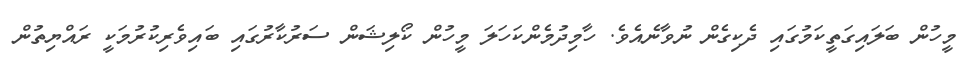
މީހުން ބަލައިގަތީކަމުގައި ދެކިގެން ނުވާނެއެވެ. ހާމިދުމެންކަހަލަ މީހުން ކޯލިޝަން ސަރުކާރުގައި ބައިވެރިކުރުމަކީ ރައްޔިތުން